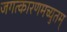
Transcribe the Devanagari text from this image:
जगत्कारणमच्युतम्